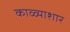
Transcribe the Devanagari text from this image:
काळ्याशार